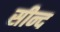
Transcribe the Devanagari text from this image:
सीन्द